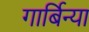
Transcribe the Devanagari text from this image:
गार्बिन्या